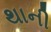
થાની